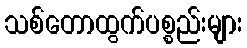
သစ်တောထွက်ပစ္စည်းများ